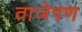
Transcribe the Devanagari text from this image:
ताजेपण